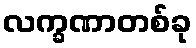
လက္ခဏာတစ်ခု